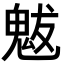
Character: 魃